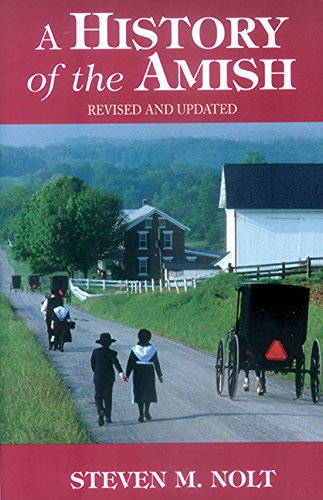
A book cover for History of the Amish: Revised And Updated; Steven M. Nolt; Christian Books & Bibles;